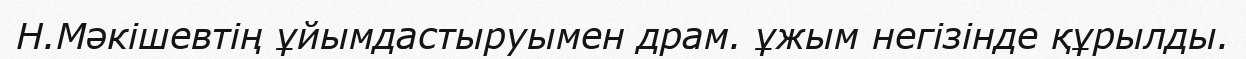
Н.Мәкішевтің ұйымдастыруымен драм. ұжым негізінде құрылды.